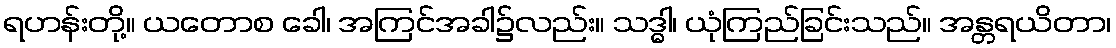
ရဟန်းတို့။ ယတောစ ခေါ၊ အကြင်အခါ၌လည်း။ သဒ္ဓါ၊ ယုံကြည်ခြင်းသည်။ အန္တရယိတာ၊